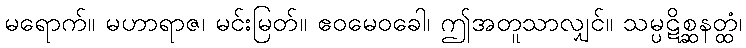
မရောက်။ မဟာရာဇ၊ မင်းမြတ်။ ဧဝမေဝခေါ၊ ဤအတူသာလျှင်။ သမ္ပဋိစ္ဆနတ္ထံ၊